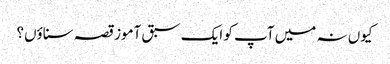
کیوں نہ میں آپ کو ایک سبق آموز قصہ سناؤں؟